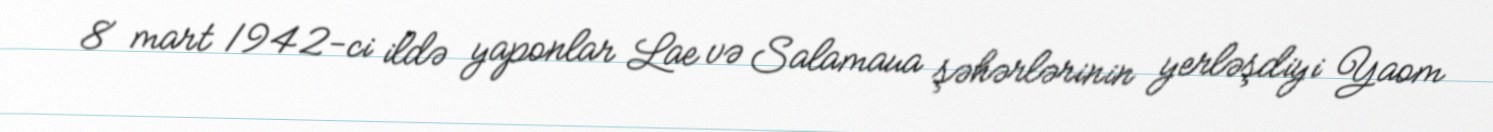
8 mart 1942-ci ildə yaponlar Lae və Salamaua şəhərlərinin yerləşdiyi Yaom